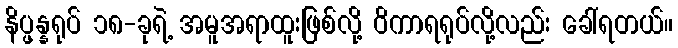
နိပ္ဖန္နရုပ် ၁၈-ခုရဲ့ အမူအရာထူးဖြစ်လို့ ဝိကာရရုပ်လို့လည်း ခေါ်ရတယ်။